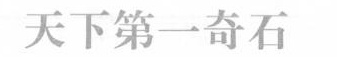
天下第一奇石